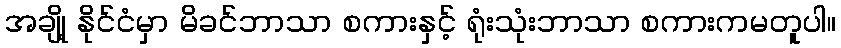
အချို့ နိုင်ငံမှာ မိခင်ဘာသာ စကားနှင့် ရုံးသုံးဘာသာ စကားကမတူပါ။